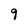
Character: 9